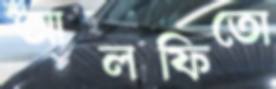
আলফিতো